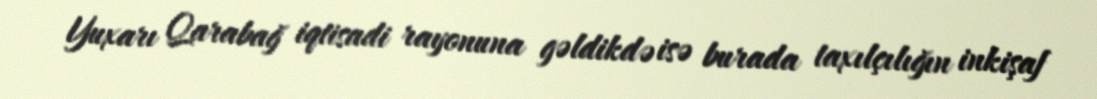
Yuxarı Qarabağ iqtisadi rayonuna gəldikdə isə burada taxılçılığın inkişaf